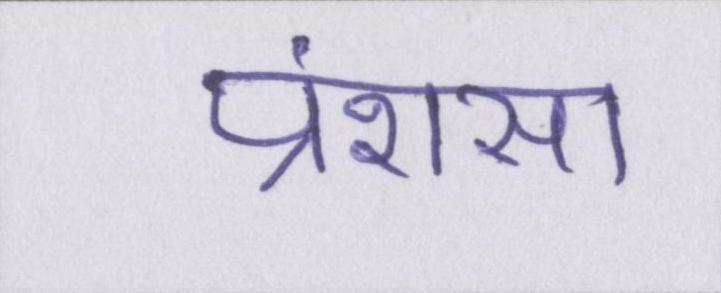
प्रंशसा